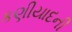
કણીયાદની